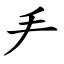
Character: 龵